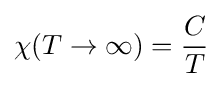
\chi (T\to \infty )={\frac {C}{T}}